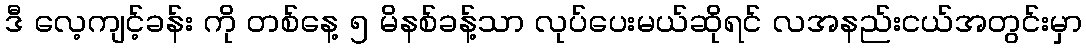
ဒီ လေ့ကျင့်ခန်း ကို တစ်နေ့ ၅ မိနစ်ခန့်သာ လုပ်ပေးမယ်ဆိုရင် လအနည်းငယ်အတွင်းမှာ